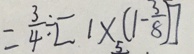
= \frac { 3 } { 4 } \div [ 1 \times ( 1 - \frac { 3 } { 8 } ) ]